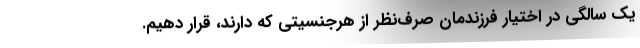
یک سالگی در اختیار فرزندمان صرف‌نظر از هرجنسیتی که دارند، قرار دهیم.